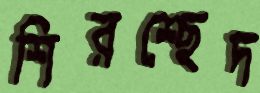
শিরশ্ছেদ